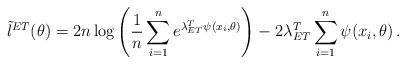
LaTeX: \begin{align*}\tilde{l}^{ET}(\theta)=2n\log\left(\frac{1}{n}\sum_{i=1}^n e^{\lambda^T_{ET} \psi (x_i,\theta)}\right) - 2\lambda^T_{ET} \sum_{i=1}^n \psi (x_i,\theta) \,. \end{align*}